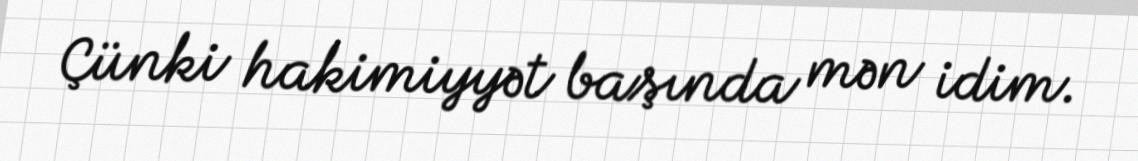
Çünki hakimiyyət başında mən idim.